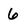
Character: 6